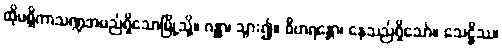
ထိုမစ္ဆိကာသဏ္ဍအမည်ရှိသောမြို့သို့။ ဂန္တွာ၊ သွား၍။ ဝိဟရန္တော၊ နေသည်ရှိသော်။ သေဋ္ဌိဿ၊